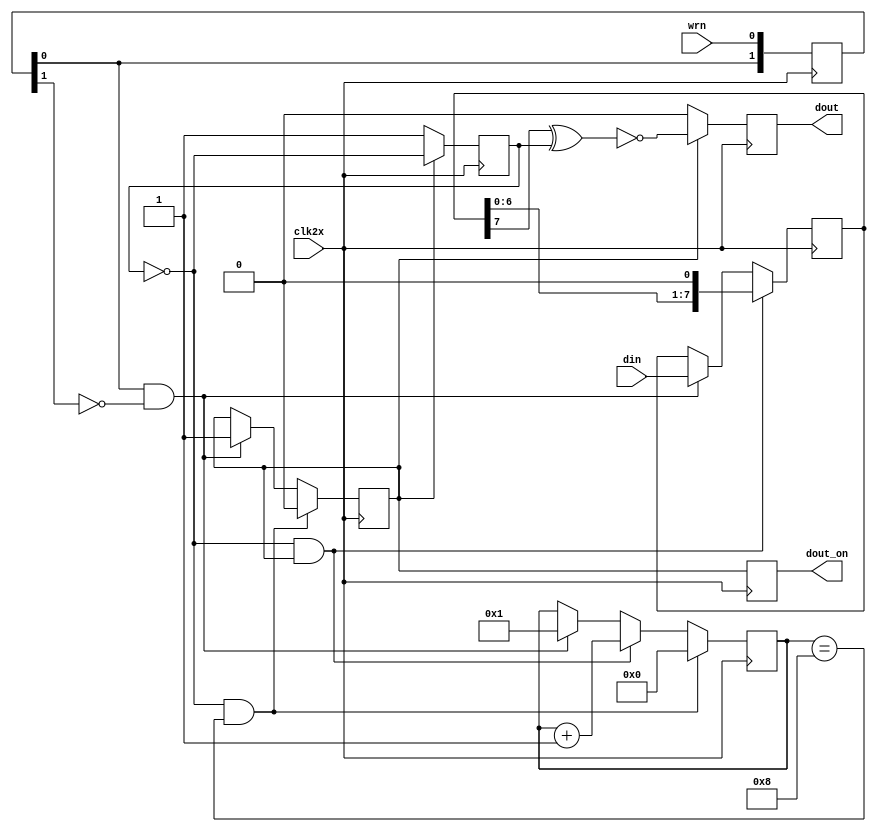
`timescale 1ns / 1ps


module manchester_encoder #(parameter SEQ_LENGTH = 8)
   (
    input 		   clk2x,
    input 		   wrn, //must be 1 clock cycle pulse
    input [SEQ_LENGTH-1:0] din,

    output reg dout_on = 1'b0,
    //output 		   dout_on,
    output reg 		   dout

     );
   function integer clogb2;
      input [31:0] 	   value;
      reg [31:0] 	   value2; 
      begin
         value2 = value - 1;
         for (clogb2 = 0; value2 > 0; clogb2 = clogb2 + 1) begin
            value2 = value2 >> 1;
         end
      end
   endfunction
   parameter BITS = clogb2(SEQ_LENGTH);
   

   wire dout_int;
   
   
   reg 			   clk1x = 1'b0;
   reg 			   clk1x_enable = 1'b0; 
   //reg clk1x_enable_d = 1'b0;
   
   reg [BITS:0] 	   num_bits_sent = 'd0;

   reg [SEQ_LENGTH-1:0]    tbr = 'd0;
   reg [1:0] 		   wrn_d = 2'd0;

   wire 		   wrn_r;
   
   
   //Create div2 clock
   always@(posedge clk2x) begin
      if(clk1x_enable)
	clk1x <= ~clk1x;
      else
	clk1x <= 1'b1;
   end

   
   //Pulse Detect
   always@(posedge clk2x)begin
      wrn_d <= {wrn_d[0],wrn};
   end

   assign wrn_r = wrn_d[0] & ~wrn_d[1];
   

   //clk1x_enable logic
   always@(posedge clk2x)begin
      if (~clk1x && num_bits_sent == SEQ_LENGTH)
	clk1x_enable <= 1'b0;
      else if(wrn_r)
	clk1x_enable <= 1'b1;
   end

   //Latch + shifr register 
   always@(posedge clk2x)
     if(~clk1x && clk1x_enable)
       tbr <= {tbr[SEQ_LENGTH-2:0],1'b0};
     else if (wrn_r)
       tbr <= din;
   

   //Number of bits sent
   always@(posedge clk2x)begin
      if(~clk1x && num_bits_sent == SEQ_LENGTH)
	num_bits_sent <= 'd0;
      else if(~clk1x && clk1x_enable)
	num_bits_sent <= num_bits_sent + 1'b1;
      else if(wrn_r)
	num_bits_sent <= 1'b1;
   end
    

   // Generate Manchester data from NRZ
   
   assign dout_int =  clk1x_enable ? ~(tbr[SEQ_LENGTH-1'b1] ^ clk1x) : 1'b0;

   
   always@(posedge clk2x)begin
      dout <= dout_int;
      //clk1x_enable_d <= clk1x_enable;
      dout_on <= clk1x_enable;
   end

   //To accomadate trigger, trisate buffer is turned on 1 clock cycle earlier 
   //assign dout_on =  clk1x_enable_d | clk1x_enable;
   
   
endmodule